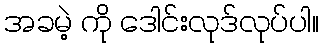
အခမဲ့ ကို ဒေါင်းလုဒ်လုပ်ပါ။